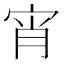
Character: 宵